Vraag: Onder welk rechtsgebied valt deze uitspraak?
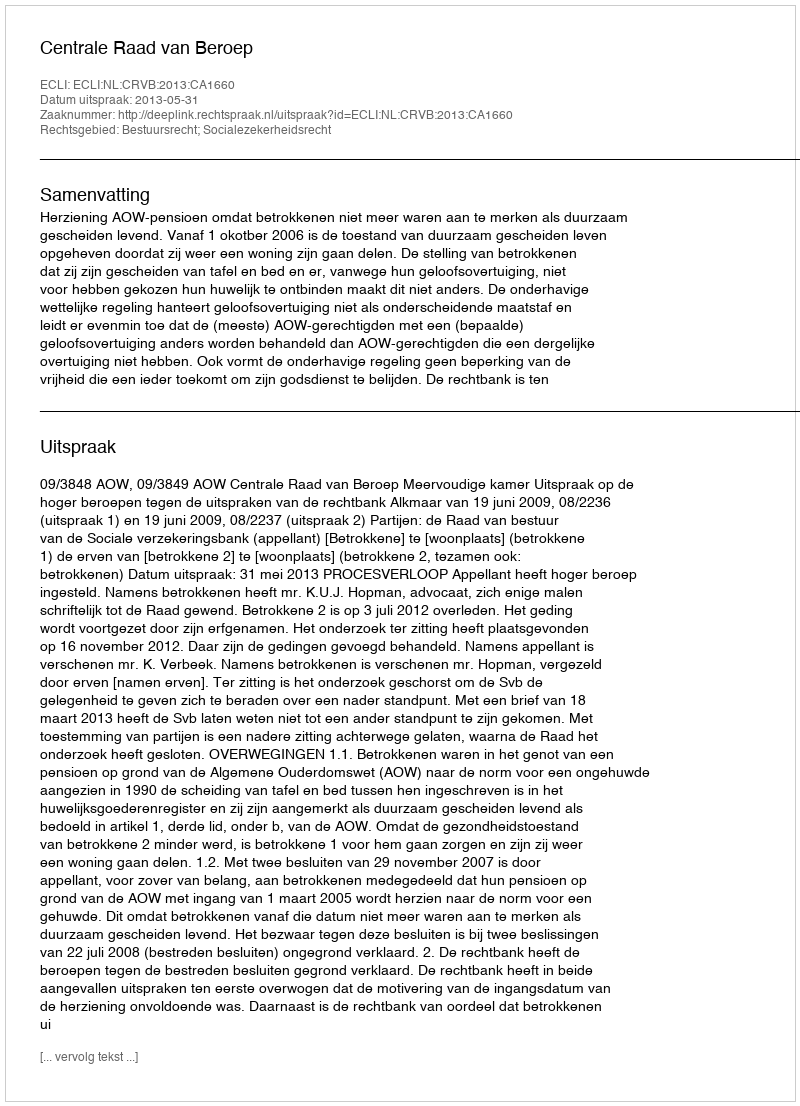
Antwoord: Bestuursrecht; Socialezekerheidsrecht